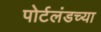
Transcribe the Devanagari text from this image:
पोर्टलंडच्या